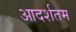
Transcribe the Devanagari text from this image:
आदर्शतम